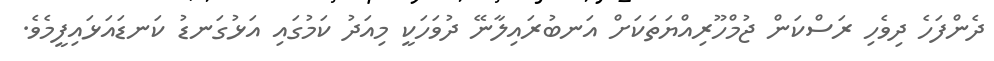
ދެންފަހެ ދިވެހި ރަސްކަން ޖުމްހޫރިއްޔަތަކަށް އަނބުރައިލާނޭ ދުވަހަކީ މިއަދު ކަމުގައި އަޅުގަނޑު ކަނޑައަޅައިފީމެވެ.